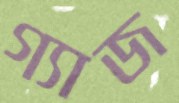
গ্যাজ